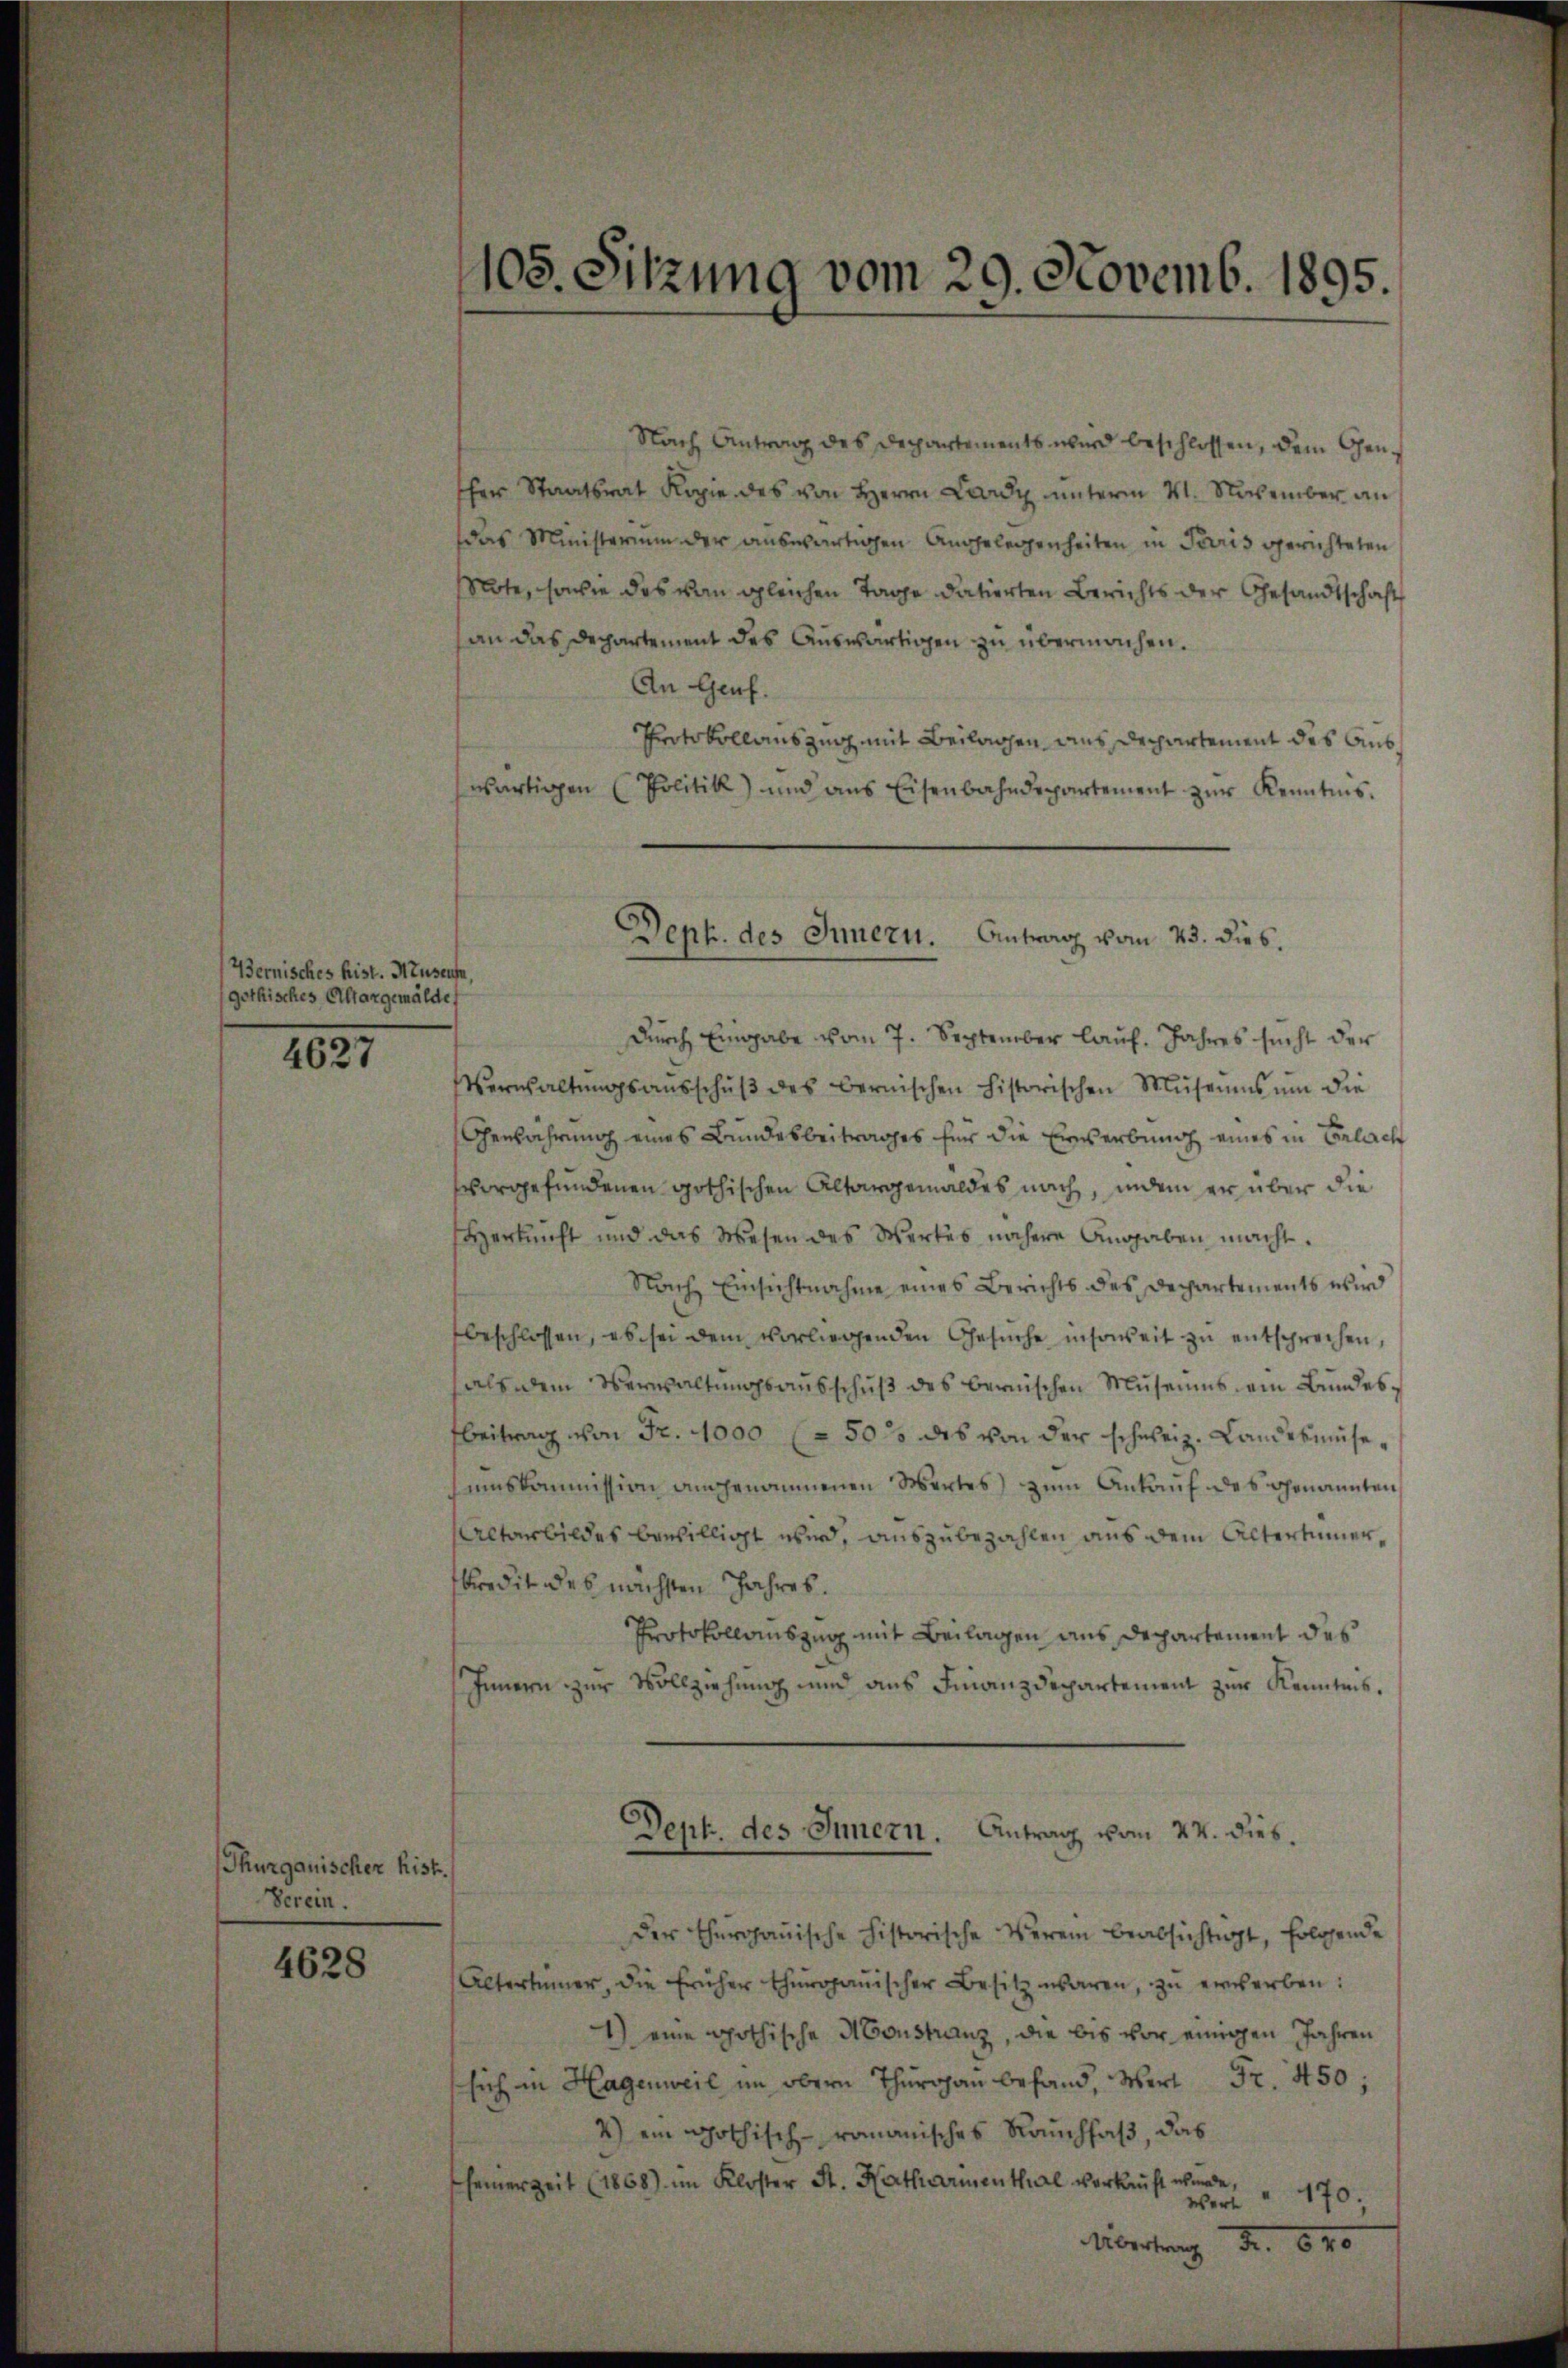
Bernisches hist. Neust
gethisches Altargemälde

1831

Thurgauischer hist.
Verein.

4628

at.

105. Sitzung vom 29. Novemb. 1895.

Nach Antrag des Departements wird beschlossen, dem Gensher Staatsrat Kopie des von Herrn Lardy unterm 4. November an
das Ministerium der auswärtigen Angelegenheiten in Paris gerichteten
Mote, sowie das von gleichen Tage datierten Berichts der Gesandtschaft
an das Departement des Auswärtigen zu übermachen.
An Genf.
Protokollauszug mit Beilagen aus Departement des Auswärtigen (Politik und ans Eisenbahndepartement zŭr Kenntnis.

Durch Eingabe vom 7. September laŭf. Jahres sucht der
Verwaltŭngsaŭsschŭβ des Bernischen historischen Museums ŭm die
Gewahrung eines Bundesbeitrages für die Erwerbung eines in Belach
vorgefundenen gothischen Altargemäldes nach, indem er über die
Herkunft und das Wesen des Werkes nähere Angaben macht.
Nach Einsichtnahme eines Berichts des Departements wird
beschlossen, es sei dem vorliegenden Gesŭche insoweit zu entsprechen,
halb dem Verwaltungsausschuß des bernischen Museums ein Bundesbeitrag von Fr. 1000 (50% des von der schweiz. Landesmüsesumskommission angenommenen Wertes) zum Ankauf des genannten,
Altarbildes bewilligt wird, auszubezahlen aus dem Altertümmerkredit des nächsten Jahres.
Protokollauszug mit Beilagen aus Departement des
Innern zur Vollziehung und aus Finanzdepartement zur Kenntnis.
Dept. des Innern. Antrag vom 27. dies.
der Thurgauische historische Verei beabsichtigt, folgende
Altertümer, die früher thurgauischer Besitz waren, zu erwerben:
1) eine gothische Monstranz, die bis vor einigen Jahren
sich in Hagenweil im obern Thurgau befand, Wert Fr. 450;
2) ein gothisch-romanisches Rauchfaß, das
seinerzeit (1868) im Kloster St. Katharmenthal verkauft wurde,
Werte " 170.
Übertrag Fr. 1840

Deph. des Innern. Antrag vom 23. dies.